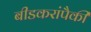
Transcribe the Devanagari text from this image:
बीडकरांपैकी